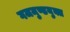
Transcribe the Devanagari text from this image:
गजमुण्डयुक्त